Notes on vaccination in the North-West Frontier Province 1923-1928 - 1923-1928
Year: 1923
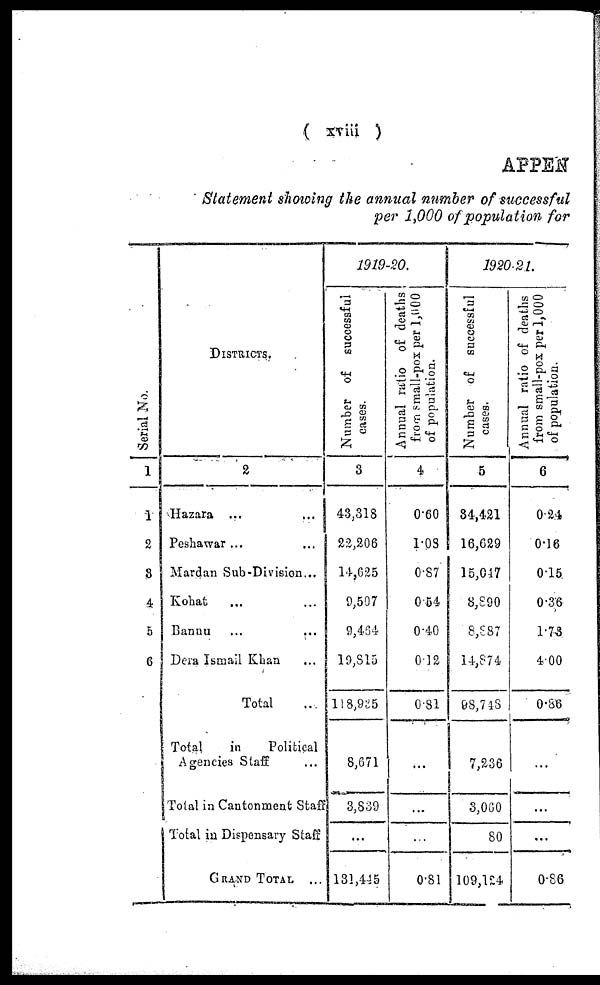
( xviii )
APPEN
Statement showing the annual number of successful
per 1,000 of population for
Serial No.
1
1
2
3
4
5
6
DISTRICTS.
2
Hazara ... ...
Peshawar ... ...
Mardan Sub-Division...
Kohat ... ...
Bannu ... ...
Dera Ismail Khan ...
Total ...
Total
in
Political
Agencies Staff ...
Total in Cantonment Staff
Total in Dispensary Staff
GRAND TOTAL ...
1919-20.
Number of successful
cases.
3
43,318
22,206
14,625
9,507
9,464
19,815
118,935
8,671
3,839
...
131,445
Annual ratio of deaths
from small-pox per 1,000
of population.
4
0.60
1.08
0.87
0.54
0.40
0.12
0.81
...
...
...
0.81
1920-21.
Number of successful
cases.
5
84,421
16,629
15,047
8,890
8,887
14,874
98,748
7,236
3,060
80
109,124
Annual ratio of deaths
from small-pox per 1,000
of population.
6
0.24
0.16
0.15
0.36
l.73
4.00
0.86
...
...
...
0.86